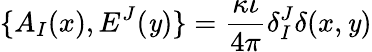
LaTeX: \{ A_{I}(x),E^{J}(\mathit{y})\} =\frac{{\kappa\iota}}{{4\pi}}\delta_{I}^{J}\delta(x,\mathit{y})